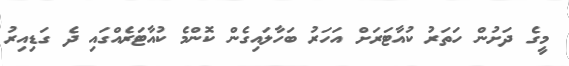
މީގެ ދަށުން ހަތަރު ކުއާޓަރަށް އަހަރު ބަހާލައިގެން ކޮންމެ ކުއާޓަރެއްގައި ދެ ގަޑިއިރު